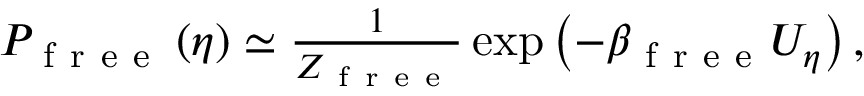
\begin{array} { r } { P _ { \mathrm { ~ f ~ r ~ e ~ e ~ } } \left( \eta \right) \simeq \frac { 1 } { Z _ { \mathrm { ~ f ~ r ~ e ~ e ~ } } } \exp \left( - \beta _ { \mathrm { ~ f ~ r ~ e ~ e ~ } } U _ { \eta } \right) , } \end{array}